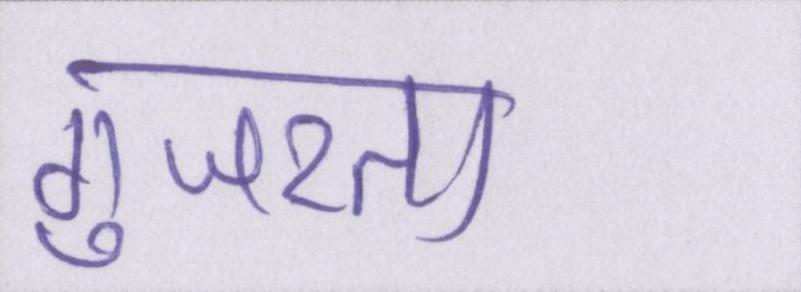
गुजरता